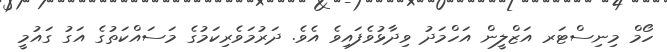
ހޯމް މިނިސްޓަރ އަޒްލީން އަހްމަދު ވިދާޅުވެފައިވެ އެވެ. ދަރުމަވެރިކަމުގެ މަސައްކަތުގެ އަގު ގައުމީ